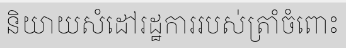
និយាយសំដៅរដ្ឋការរបស់ត្រាំចំពោះ